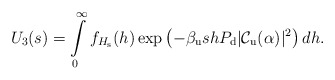
\begin{align*}\!\!\!\!\!\!U_3(s)=\int\limits_{0}^{\infty} f_{H_{\rm s}}(h) \exp \left( - \beta_{\rm u} s h P_{\rm d}|\mathcal{C}_{\rm u}(\alpha)|^2 \right) dh . \end{align*}